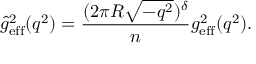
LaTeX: \hat { g } _ { \mathrm { e f f } } ^ { 2 } ( q ^ { 2 } ) = \frac { ( 2 \pi R \sqrt { - q ^ { 2 } } ) ^ { \delta } } { n } g _ { \mathrm { e f f } } ^ { 2 } ( q ^ { 2 } ) .